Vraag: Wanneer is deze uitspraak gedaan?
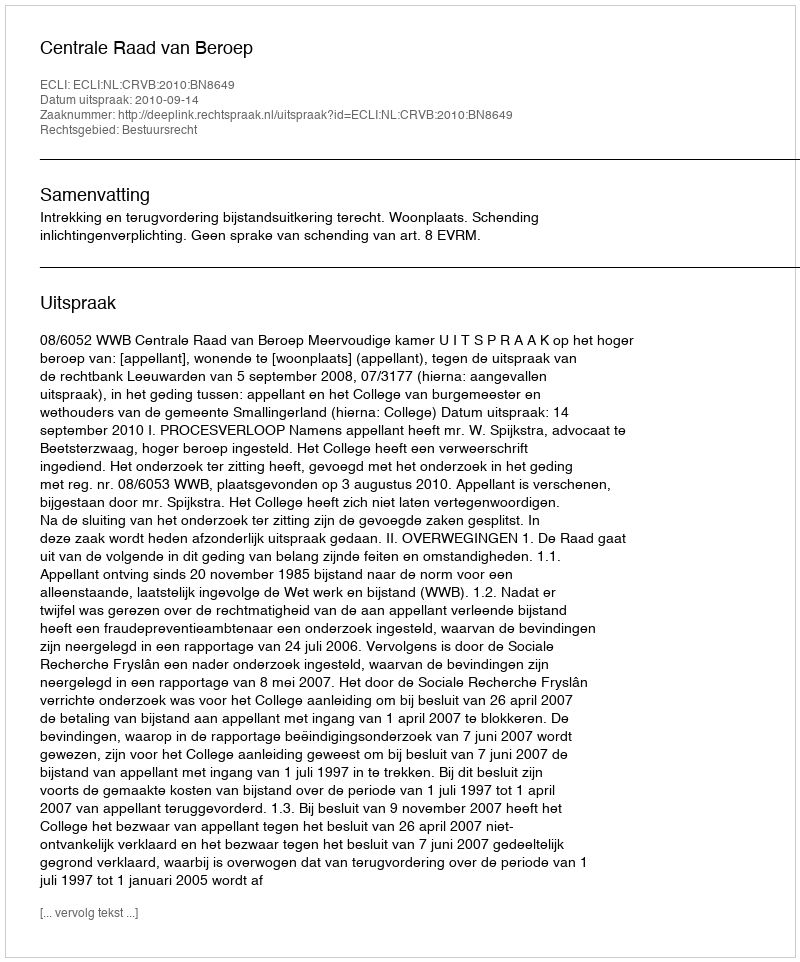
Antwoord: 2010-09-14